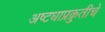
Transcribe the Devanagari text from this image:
अष्टधाप्रक्रुतीचे